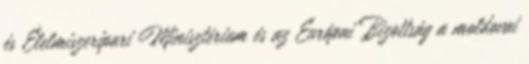
és Élelmiszeripari Minisztérium és az Európai Bizottság a moldovai